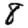
Digit: 8